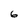
Character: 6